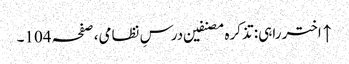
↑ اختر راہی: تذکرہ مصنفین درسِ نظامی، صفحہ 104۔